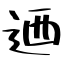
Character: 迺